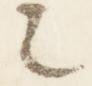
々